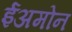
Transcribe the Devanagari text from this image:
ईअमोन